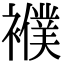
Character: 襥